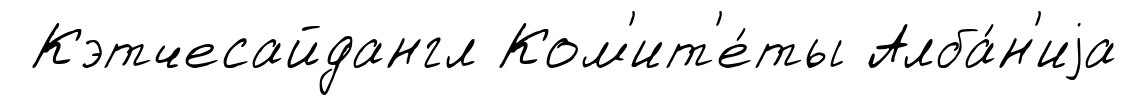
Кэтчесайдангл Ком'ит'е́ты Алба́н'иjа